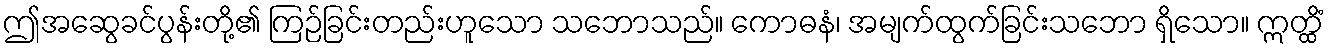
ဤအဆွေခင်ပွန်းတို့၏ ကြဉ်ခြင်းတည်းဟူသော သဘောသည်။ ကောဓနံ၊ အမျက်ထွက်ခြင်းသဘော ရှိသော။ ဣတ္ထိံ